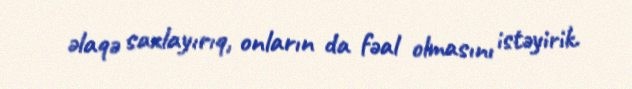
əlaqə saxlayırıq, onların da fəal olmasını istəyirik.